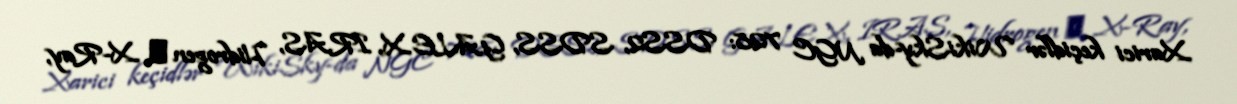
Xarici keçidlər WikiSky-da NGC 728: DSS2, SDSS, GALEX, IRAS, Hidrogen α, X-Ray,